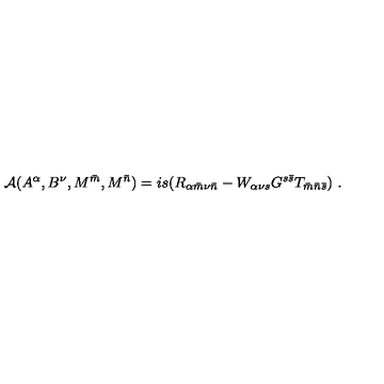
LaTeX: { \cal A } ( A ^ { \alpha } , B ^ { \nu } , M ^ { \bar { m } } , M ^ { \bar { n } } ) = i s ( R _ { \alpha { \bar { m } } \nu { \bar { n } } } - W _ { \alpha \nu s } G ^ { s \bar { s } } T _ { { \bar { m } } { \bar { n } } { \bar { s } } } ) \ .